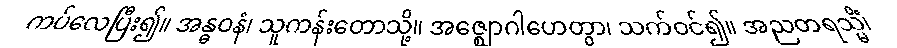
ကပ်လေပြီး၍။ အန္ဓဝနံ၊ သူကန်းတောသို့။ အဇ္ဈောဂါဟေတွာ၊ သက်ဝင်၍။ အညတရသ္မိံ၊